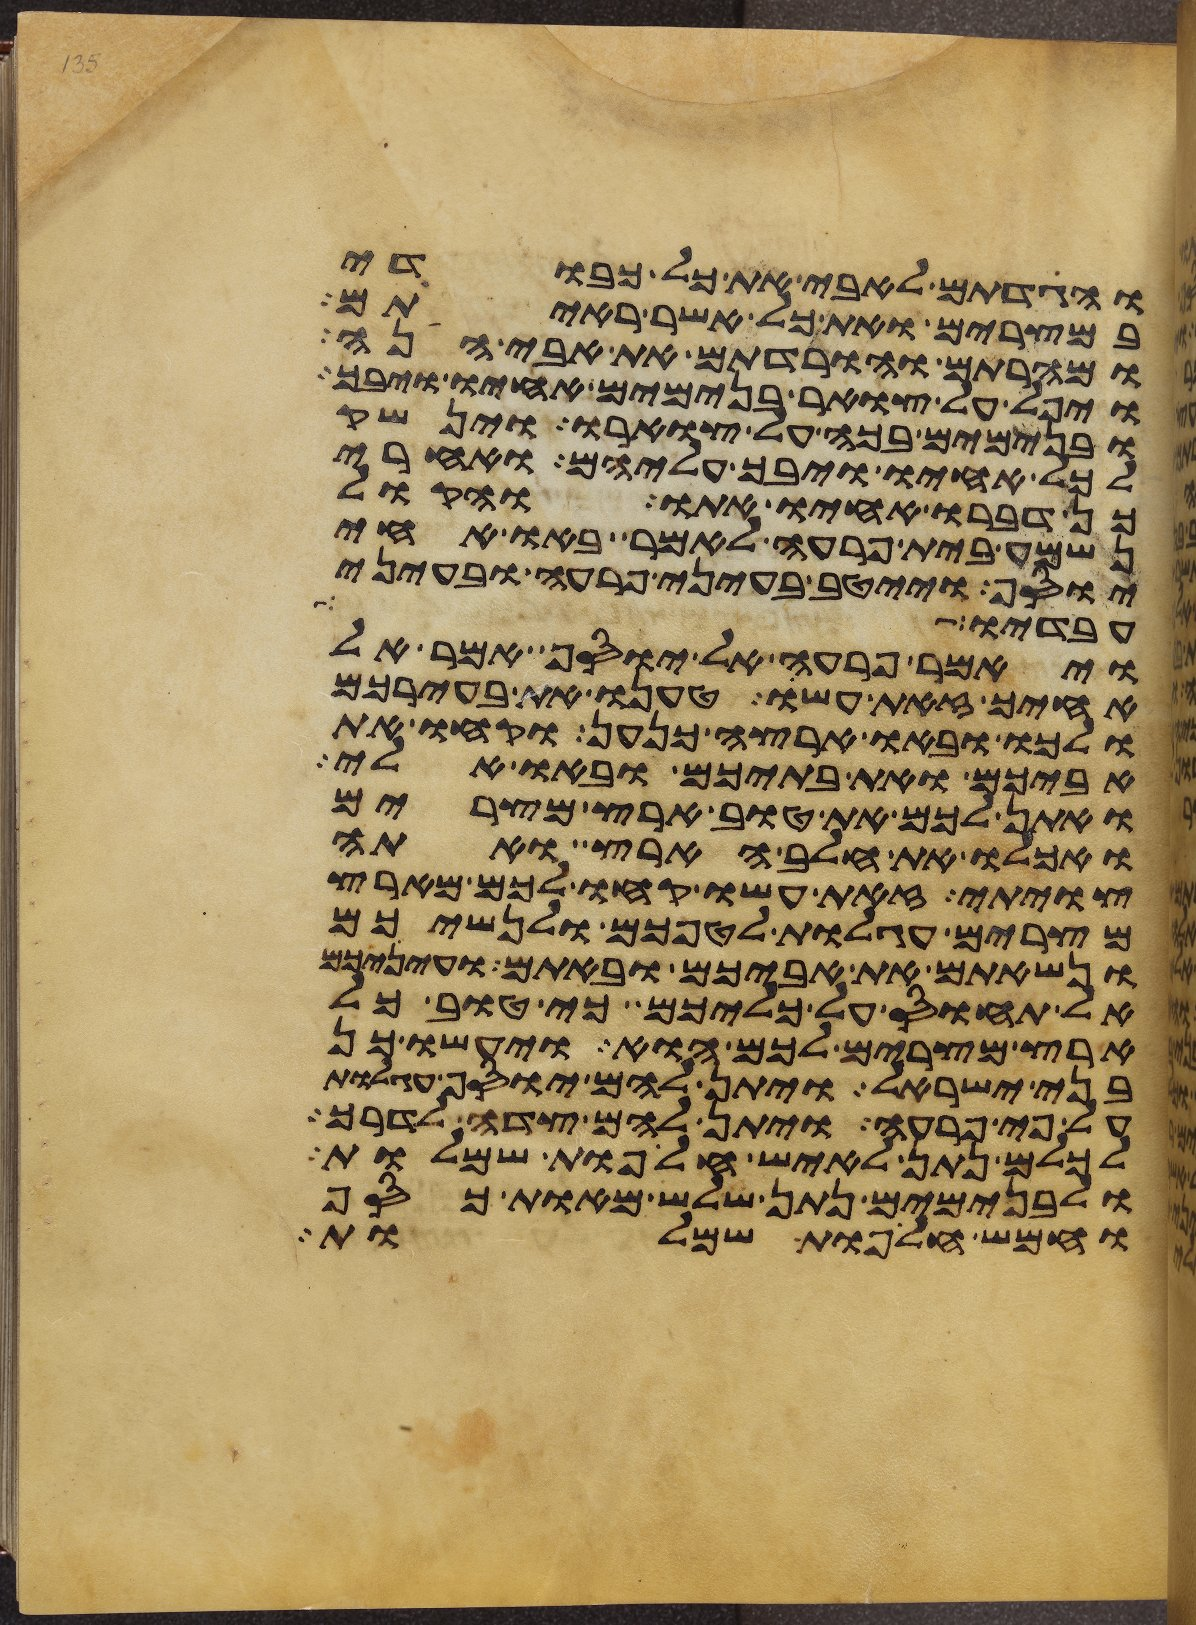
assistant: והגדתם לאבי את כל כבודי
במצרים ואת כל אשר ראיתם
ומהרתם והורדתם את אבי הנה
ויפל על צואר בנימים אחיו ויבך
ובנימים בכה על צוארו וינשק
לכל אחיו ויבך עליהם ואחרי
כן דברו אחיו אתו והקול
נשמע בית פרעה לאמר באו אחי
יוסף וייטב בעיני פרעה ובעיני
עבדיו עדר
ויאמר פרעה אל יוסף אמר אל
אחיך זאת עשו טענו את בעירכם
ולכו ובאו ארצה כנען וקחו את
אביכם ואת בתיכם ובאו אלי
ואתן לכם את טוב ארץ מצרים
ואכלו את חלב הארץ ואתה
צויתי זאת עשו קחו לכם מארץ
מצרים עגלות לטפכם ולנשיכם
ונשאתם את אביכם ובאתם ועיניכם
אל תחוס על כליכם כי טוב כל
ארץ מצרים לכם הוא ויעשו כן
בני ישראל ויתן להם יוסף עגלות
על פי פרעה ויתן להם צדה לדרך
לכלם נתן לאיש חליפות שמלות
ולבנימים נתן שלש מאות כסף
וחמש חליפות שמלות